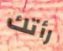
رأتك